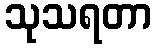
သုသရတာ